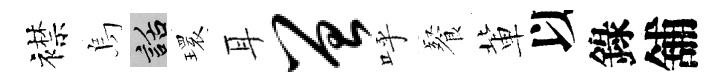
襟烏話𤨔耳曾呼餐軰以錄舖